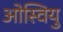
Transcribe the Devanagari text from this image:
ओस्वियु